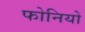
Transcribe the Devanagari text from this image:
फोनियो